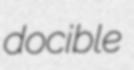
docible